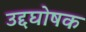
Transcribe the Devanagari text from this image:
उद्दघोषक